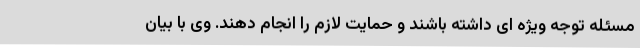
مسئله توجه ویژه ای داشته باشند و حمایت لازم را انجام دهند. وی با بیان